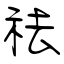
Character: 祛